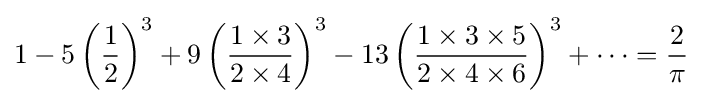
1-5\left({\frac {1}{2}}\right)^{3}+9\left({\frac {1\times 3}{2\times 4}}\right)^{3}-13\left({\frac {1\times 3\times 5}{2\times 4\times 6}}\right)^{3}+\cdots ={\frac {2}{\pi }}